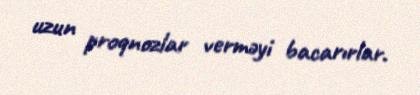
uzun proqnozlar verməyi bacarırlar.